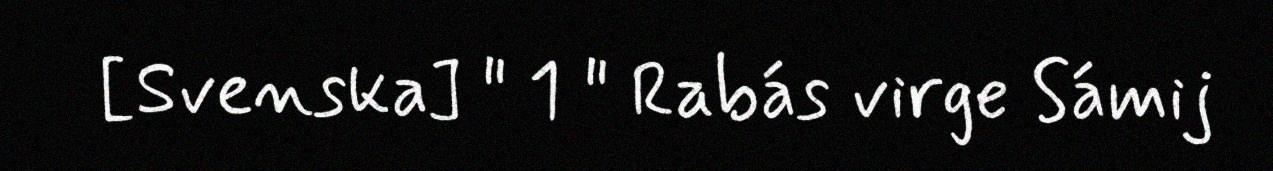
[Svenska] " 1 " Rabás virge Sámij